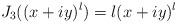
LaTeX: \begin{align*}J_{3}((x+iy)^{l})=l(x+iy)^{l}\end{align*}